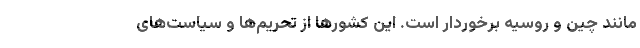
مانند چین و روسیه برخوردار است. این کشورها از تحریم‌ها و سیاست‌های